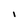
Character: l